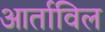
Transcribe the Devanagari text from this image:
आर्ताविल